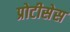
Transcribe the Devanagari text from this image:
प्रोटीसेस